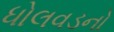
ધોલવડનો